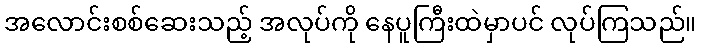
အလောင်းစစ်ဆေးသည့် အလုပ်ကို နေပူကြီးထဲမှာပင် လုပ်ကြသည်။